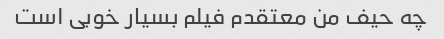
چه حیف من معتقدم فیلم بسیار خوبی است